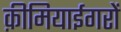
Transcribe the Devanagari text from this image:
क़ीमियाईगरों